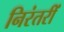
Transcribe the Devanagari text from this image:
निरंतरीं